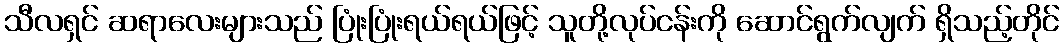
သီလရှင် ဆရာလေးများသည် ပြုံးပြုံးရယ်ရယ်ဖြင့် သူတို့လုပ်ငန်းကို ဆောင်ရွက်လျက် ရှိသည့်တိုင်